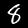
Digit: 8